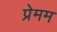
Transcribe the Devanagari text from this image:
प्रेमम